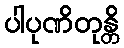
ပါပုဏိတုန္တိ